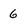
Character: 6